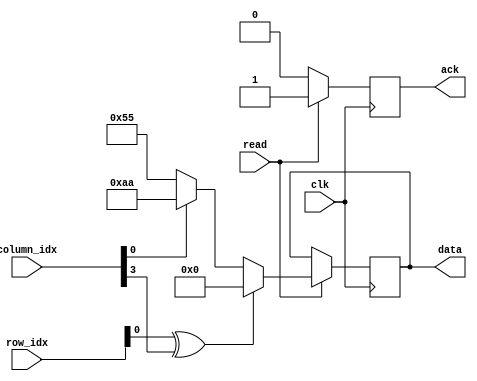
module pattern(input wire       clk,
               input wire       read,
               input wire [5:0] row_idx,
               input wire [6:0] column_idx,
               output reg [7:0] data,
               output reg       ack);

  wire page_odd = row_idx & 1;
  wire column_field_odd = ((column_idx >> 3) & 1);
  wire field_black = page_odd ^ column_field_odd;
  wire column_odd = column_idx & 1;

  always @(posedge clk) begin
    ack <= 0;
    if (read) begin
      ack <= 1;
      if (field_black)
        data <= 8'b00000000;
      else if (column_odd)
        data <= 8'b10101010;
      else
        data <= 8'b01010101;
    end
  end
endmodule
module top(input wire  CLK,
           output wire PIO1_02,
           output wire PIO1_03,
           output wire PIO1_04,
           output wire PIO1_05,
           output wire PIO1_06);

  wire       read;
  wire [5:0] row_idx;
  wire [6:0] column_idx;
  wire [7:0] data;
  wire       ack;

  oled o(.clk(CLK),
         .pin_din(PIO1_02),
         .pin_clk(PIO1_03),
         .pin_cs(PIO1_04),
         .pin_dc(PIO1_05),
         .pin_res(PIO1_06),
         .read(read),
         .row_idx(row_idx),
         .column_idx(column_idx),
         .data(data),
         .ack(ack));

  pattern p(.clk(CLK),
            .read(read),
            .row_idx(row_idx),
            .column_idx(column_idx),
            .data(data),
            .ack(ack));
endmodule